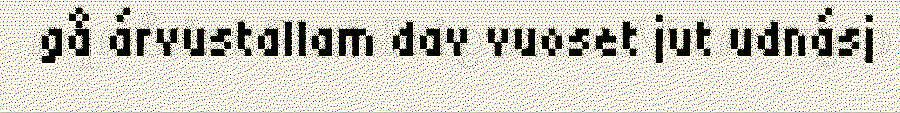
gå árvustallam dav vuoset jut udnásj